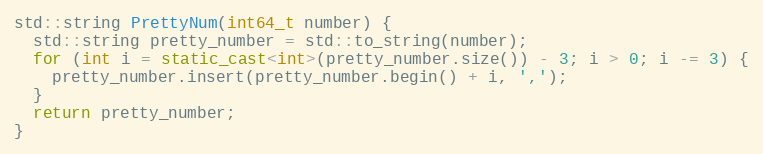
Language: C++
std::string PrettyNum(int64_t number) {
  std::string pretty_number = std::to_string(number);
  for (int i = static_cast<int>(pretty_number.size()) - 3; i > 0; i -= 3) {
    pretty_number.insert(pretty_number.begin() + i, ',');
  }
  return pretty_number;
}